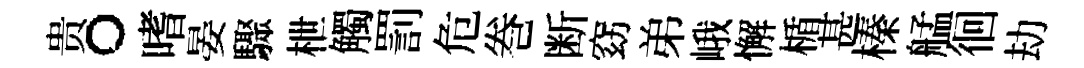
贵。嗜晏驟枻觸罰危巻断窈弟峨懈楯甚榛艋徊劫